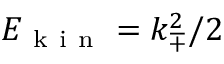
{ E _ { \mathrm { ~ k ~ i ~ n ~ } } = k _ { \mp } ^ { 2 } / 2 }